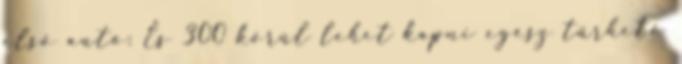
első autó: És 300 körül lehet kapni egész tűrhető